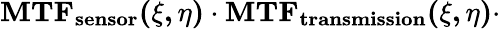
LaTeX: \mathbf{MTF_{sensor}(\xi,\eta)\cdot MTF_{transmission}(\xi,\eta)\cdot}